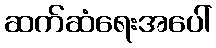
ဆက်ဆံရေးအပေါ်